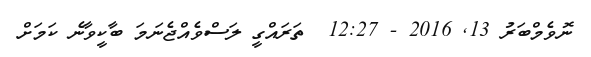
ނޮވެމްބަރު 13